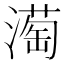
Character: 𪷒